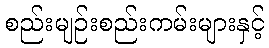
စည်းမျဉ်းစည်းကမ်းများနှင့်